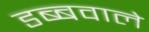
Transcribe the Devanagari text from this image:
डब्बवाले